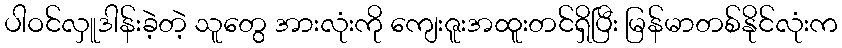
ပါဝင်လှူဒါန်းခဲ့တဲ့ သူတွေ အားလုံးကို ကျေးဇူးအထူးတင်ရှိပြီး မြန်မာတစ်နိုင်လုံးက